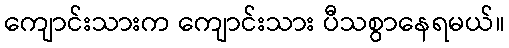
ကျောင်းသားက ကျောင်းသား ပီသစွာနေရမယ်။